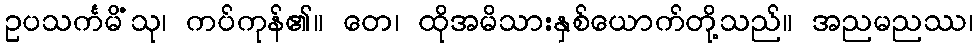
ဥပသင်္ကမိံသု၊ ကပ်ကုန်၏။ တေ၊ ထိုအမိသားနှစ်ယောက်တို့သည်။ အညမညဿ၊